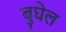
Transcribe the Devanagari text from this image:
बुघेल